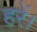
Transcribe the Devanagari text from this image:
हरें।